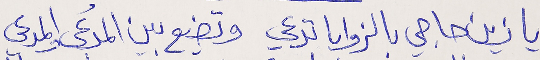
يا زين حاجي بالزوايا تدعي   وتضيع بين المُدعى والمدعي